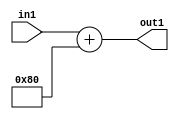
`timescale 1ps / 1ps
/*****************************************************************************
    Verilog RTL Description
    
    Generated at: 10:14:08 CST (+0800), Sunday 17 November 2019
    Generated on: ic58.cs.nthu.edu.tw
    Generated by: mc03 ()
    
    Created by: Stratus DpOpt 2017.1.02 
    Copyright (c) 2014-2015 Cadence Design Systems. All rights reserved worldwide.
    
    Cadence Design Systems proprietary and confidential
    ===================================================
    
    May contain information that incorporates Cadence Design Systems CellMath
    and other inventions claimed in Pending U.S. Patents.
    
    May contain Cadence Design Systems Trade Secrets of which use, disclosure or
    reproduction is contractually restricted or prohibited.  For more
    information, contact your legal department before any use, disclosure or
    reproduction.
*******************************************************************************/

module SobelFilter_Add2i128s32_4 (
	in1,
	out1
	); /* architecture "behavioural" */ 
input [31:0] in1;
output [31:0] out1;
wire [31:0] asc001;

assign asc001 = 
	+(in1)
	+(32'B00000000000000000000000010000000);

assign out1 = asc001;
endmodule

/* CADENCE  ubPwSgw= : u9/ySgnYtBlWxVDRUQkU4ug= ** DO NOT EDIT THIS LINE ******/